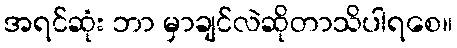
အရင်ဆုံး ဘာ မှာချင်လဲဆိုတာသိပါရစေ။